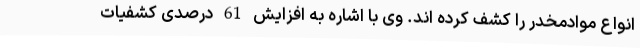
انواع موادمخدر را کشف کرده اند. وی با اشاره به افزایش 61 درصدی کشفیات